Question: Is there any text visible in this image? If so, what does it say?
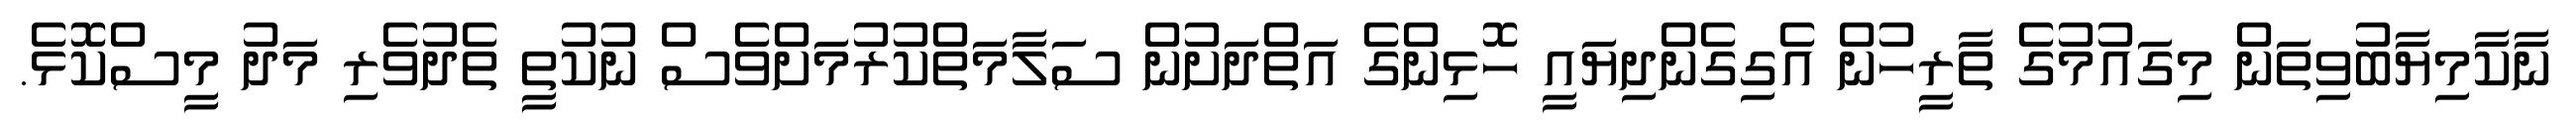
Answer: ނާކާމިޔާބުވިތަން މިގައުމުގެ ތާރީހުން އެގިގެންދިޔައީ ހޮޅިންގެ އަތްދަށުން ސަލާމަތްކުރުމަށްވެސް ނުކުތީ ތެދުވެރި މަދު މީސްކޮޅެ.